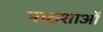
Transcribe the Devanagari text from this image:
पाठशाओं